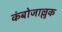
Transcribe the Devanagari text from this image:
कंबोजाल्लुक